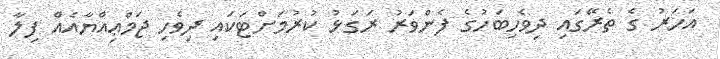
އަހަރު ގެ ތެރޭގައި ދިވެހިބަހުގެ ފެންވަރު ރަގަޅު ކުރުމަށްޓަކައި ދިވެހި ޖަމްޢިއްޔާއެއް ފިލާ